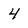
Character: 4